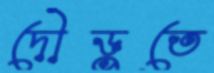
দৌড়ুতে